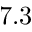
7 . 3